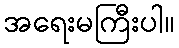
အရေးမကြီးပါ။